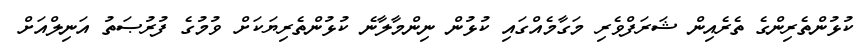
ކުޅުންތެރިންގެ ތެރެއިން ޝަރަފްވެރި މަގާމެއްގައި ކުޅުން ނިންމާލާނެ ކުޅުންތެރިޔަކަށް ވުމުގެ ފުރުޞަތު އަނިލްއަށް